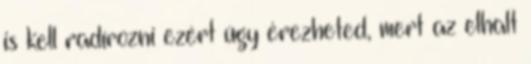
is kell radírozni ezért úgy érezheted, mert az elhalt